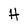
Character: H